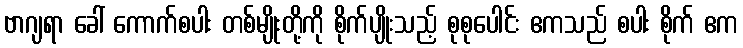
ဗာဂျရာ ခေါ် ကောက်စပါး တစ်မျိုးတို့ကို စိုက်ပျိုးသည့် စုစုပေါင်း ဧကသည် စပါး စိုက် ဧက